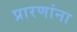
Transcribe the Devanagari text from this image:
प्रारणांना